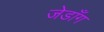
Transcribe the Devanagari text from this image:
जेडाँग